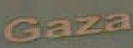
Gaza